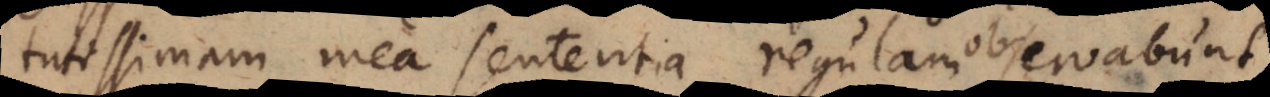
tutissimam mea sententia regulam observabunt,